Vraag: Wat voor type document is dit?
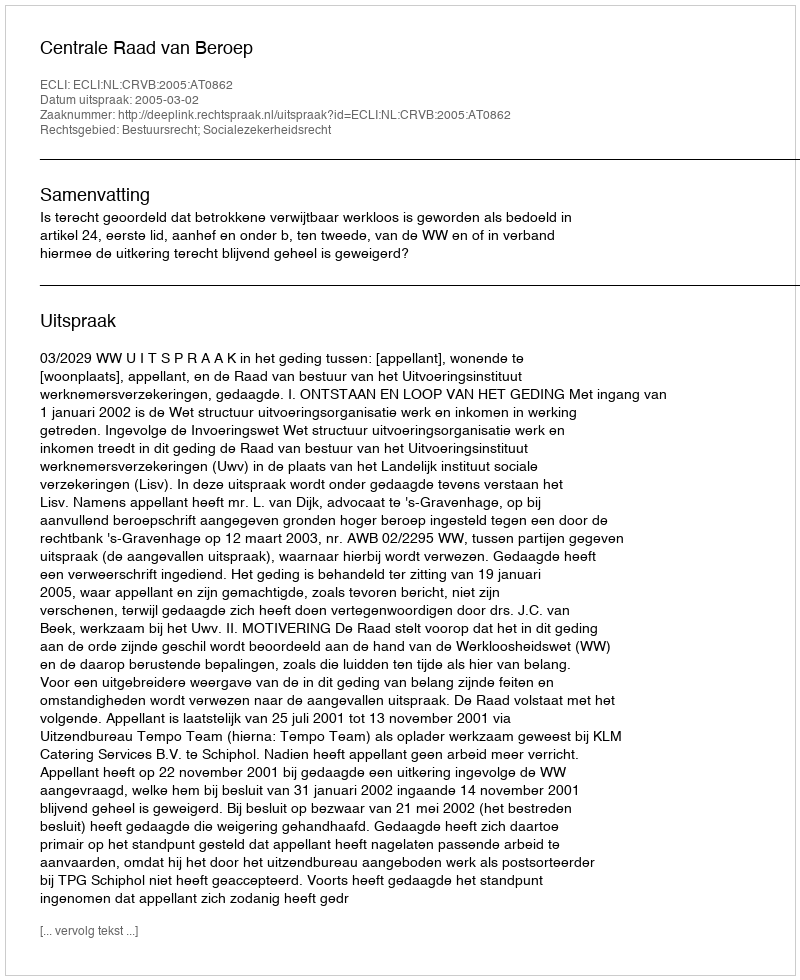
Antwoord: Uitspraak